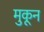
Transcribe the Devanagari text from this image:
मुकून